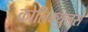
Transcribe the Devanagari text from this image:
कोलिक्युलस